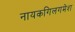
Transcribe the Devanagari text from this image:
नायकगिलगमेश